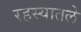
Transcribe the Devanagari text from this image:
रहस्यातले